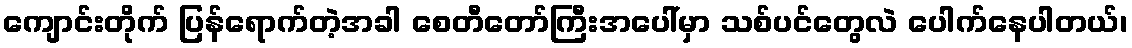
ကျောင်းတိုက် ပြန်ရောက်တဲ့အခါ စေတီတော်ကြီးအပေါ်မှာ သစ်ပင်တွေလဲ ပေါက်နေပါတယ်၊